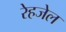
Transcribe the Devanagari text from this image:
रेहजेल